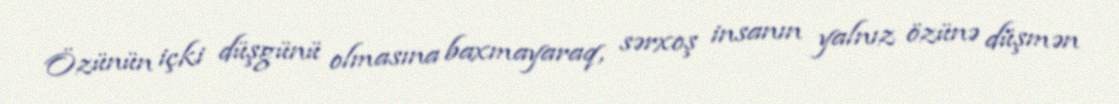
Özünün içki düşgünü olmasına baxmayaraq, sərxoş insanın yalnız özünə düşmən